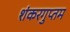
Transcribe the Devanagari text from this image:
शंकरगुप्तम